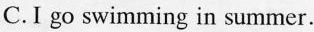
C.I go swimming in summer.